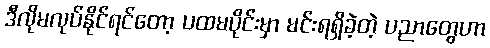
ဒီလိုမလုပ်နိုင်ရင်တော့ ပထမပိုင်းမှာ မင်းရရှိခဲ့တဲ့ ပညာတွေဟာ